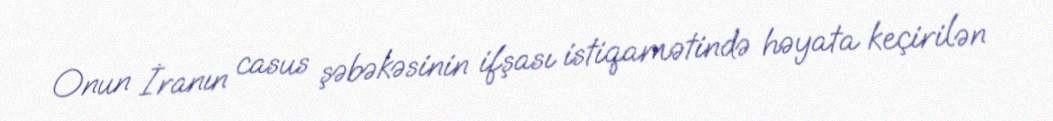
Onun İranın casus şəbəkəsinin ifşası istiqamətində həyata keçirilən